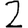
Digit: 2